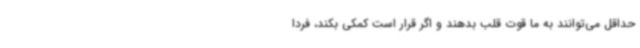
حداقل می‌توانند به ما قوت قلب بدهند و اگر قرار است کمکی بکند، فردا